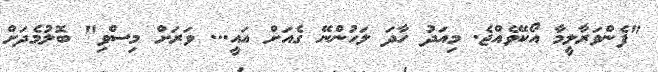
"ފެންވަރާލީމާ އޯކޭވެއްޖެ. މިއަދު ހާދަ ލަހުންނޭ ގެއަށް އައީ... ވަރަށް މިސްވި" ބޮލުމެދަށް